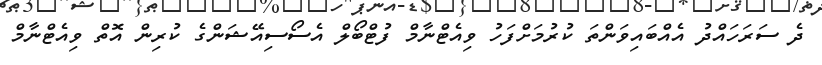
ދެ ސަރަހައްދު އެއްބައިވަންތަ ކުރުމަށްފަހު ވިއެޓްނާމް ފުޓްބޯލް އެސޯސިއޭޝަންގެ ކުރިން އޮތް ވިއެޓްނާމް